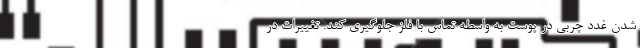
شدن غدد چربی در پوست به واسطه تماس با فلز جلوگیری کند. تغییرات در